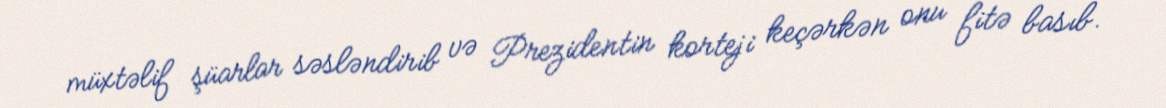
müxtəlif şüarlar səsləndirib və Prezidentin korteji keçərkən onu fitə basıb.